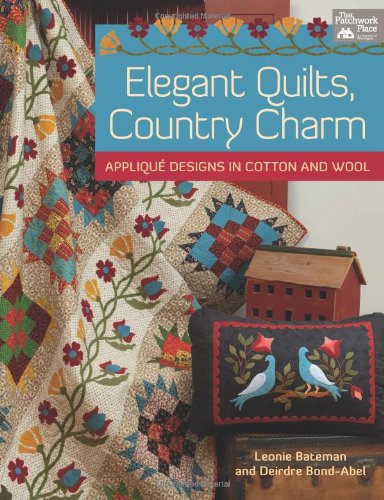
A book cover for Elegant Quilts, Country Charm: Applique Designs in Cotton and Wool; Leonie Bateman; Crafts, Hobbies & Home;